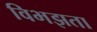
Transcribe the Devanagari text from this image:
विभझता